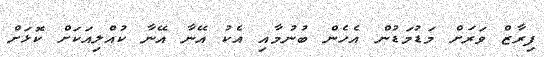
ފިރާޒް ވަރަށް މަޑުމަޑުން އެހެން ބުނުމާއި އެކު އޭނާ އޭނާ ކުއްލިއަކަށް ކޮޅަށް